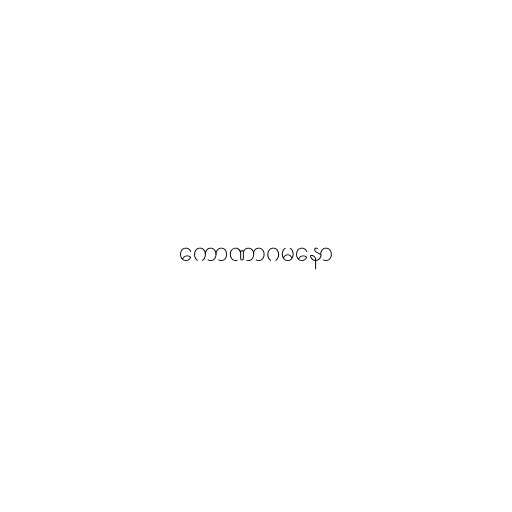
ကောဏာဂမနော